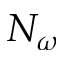
N _ { \omega }